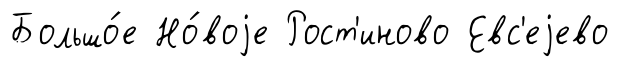
Большо́е Но́воjе Рост'иново Евс'еjево